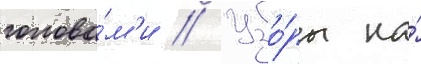
голова́м'и // Узо́ры на́